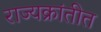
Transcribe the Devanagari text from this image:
राज्यक्रांतीत